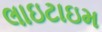
લાઇટાઇમ